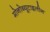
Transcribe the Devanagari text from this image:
मोनोब्यूटाइलीन